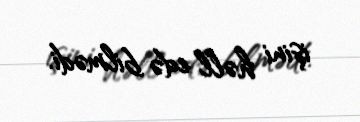
işini həll edə bilmədi.